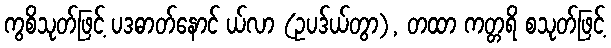
ကွစိသုတ်ဖြင့် ပဒဓာတ်နောင် ယ်လာ (ဥပဒ်ယ်တွာ), တထာ ကတ္တရိ စသုတ်ဖြင့်